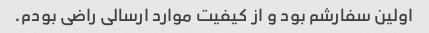
اولین سفارشم بود و از کیفیت موارد ارسالی راضی بودم.